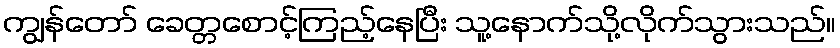
ကျွန်တော် ခေတ္တစောင့်ကြည့်နေပြီး သူ့နောက်သို့လိုက်သွားသည်။